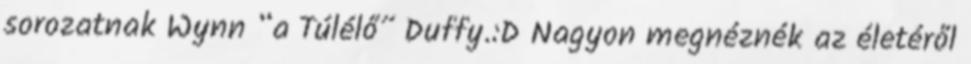
sorozatnak Wynn “a Túlélő” Duffy.:D Nagyon megnéznék az életéről